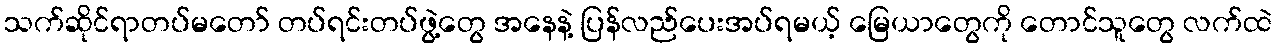
သက်ဆိုင်ရာတပ်မတော် တပ်ရင်းတပ်ဖွဲ့တွေ အနေနဲ့ ပြန်လည်ပေးအပ်ရမယ့် မြေယာတွေကို တောင်သူတွေ လက်ထဲ